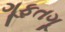
ગૂફતગૂ